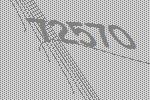
72570